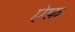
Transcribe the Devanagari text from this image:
ऐफ़